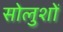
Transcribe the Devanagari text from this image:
सोलुशों